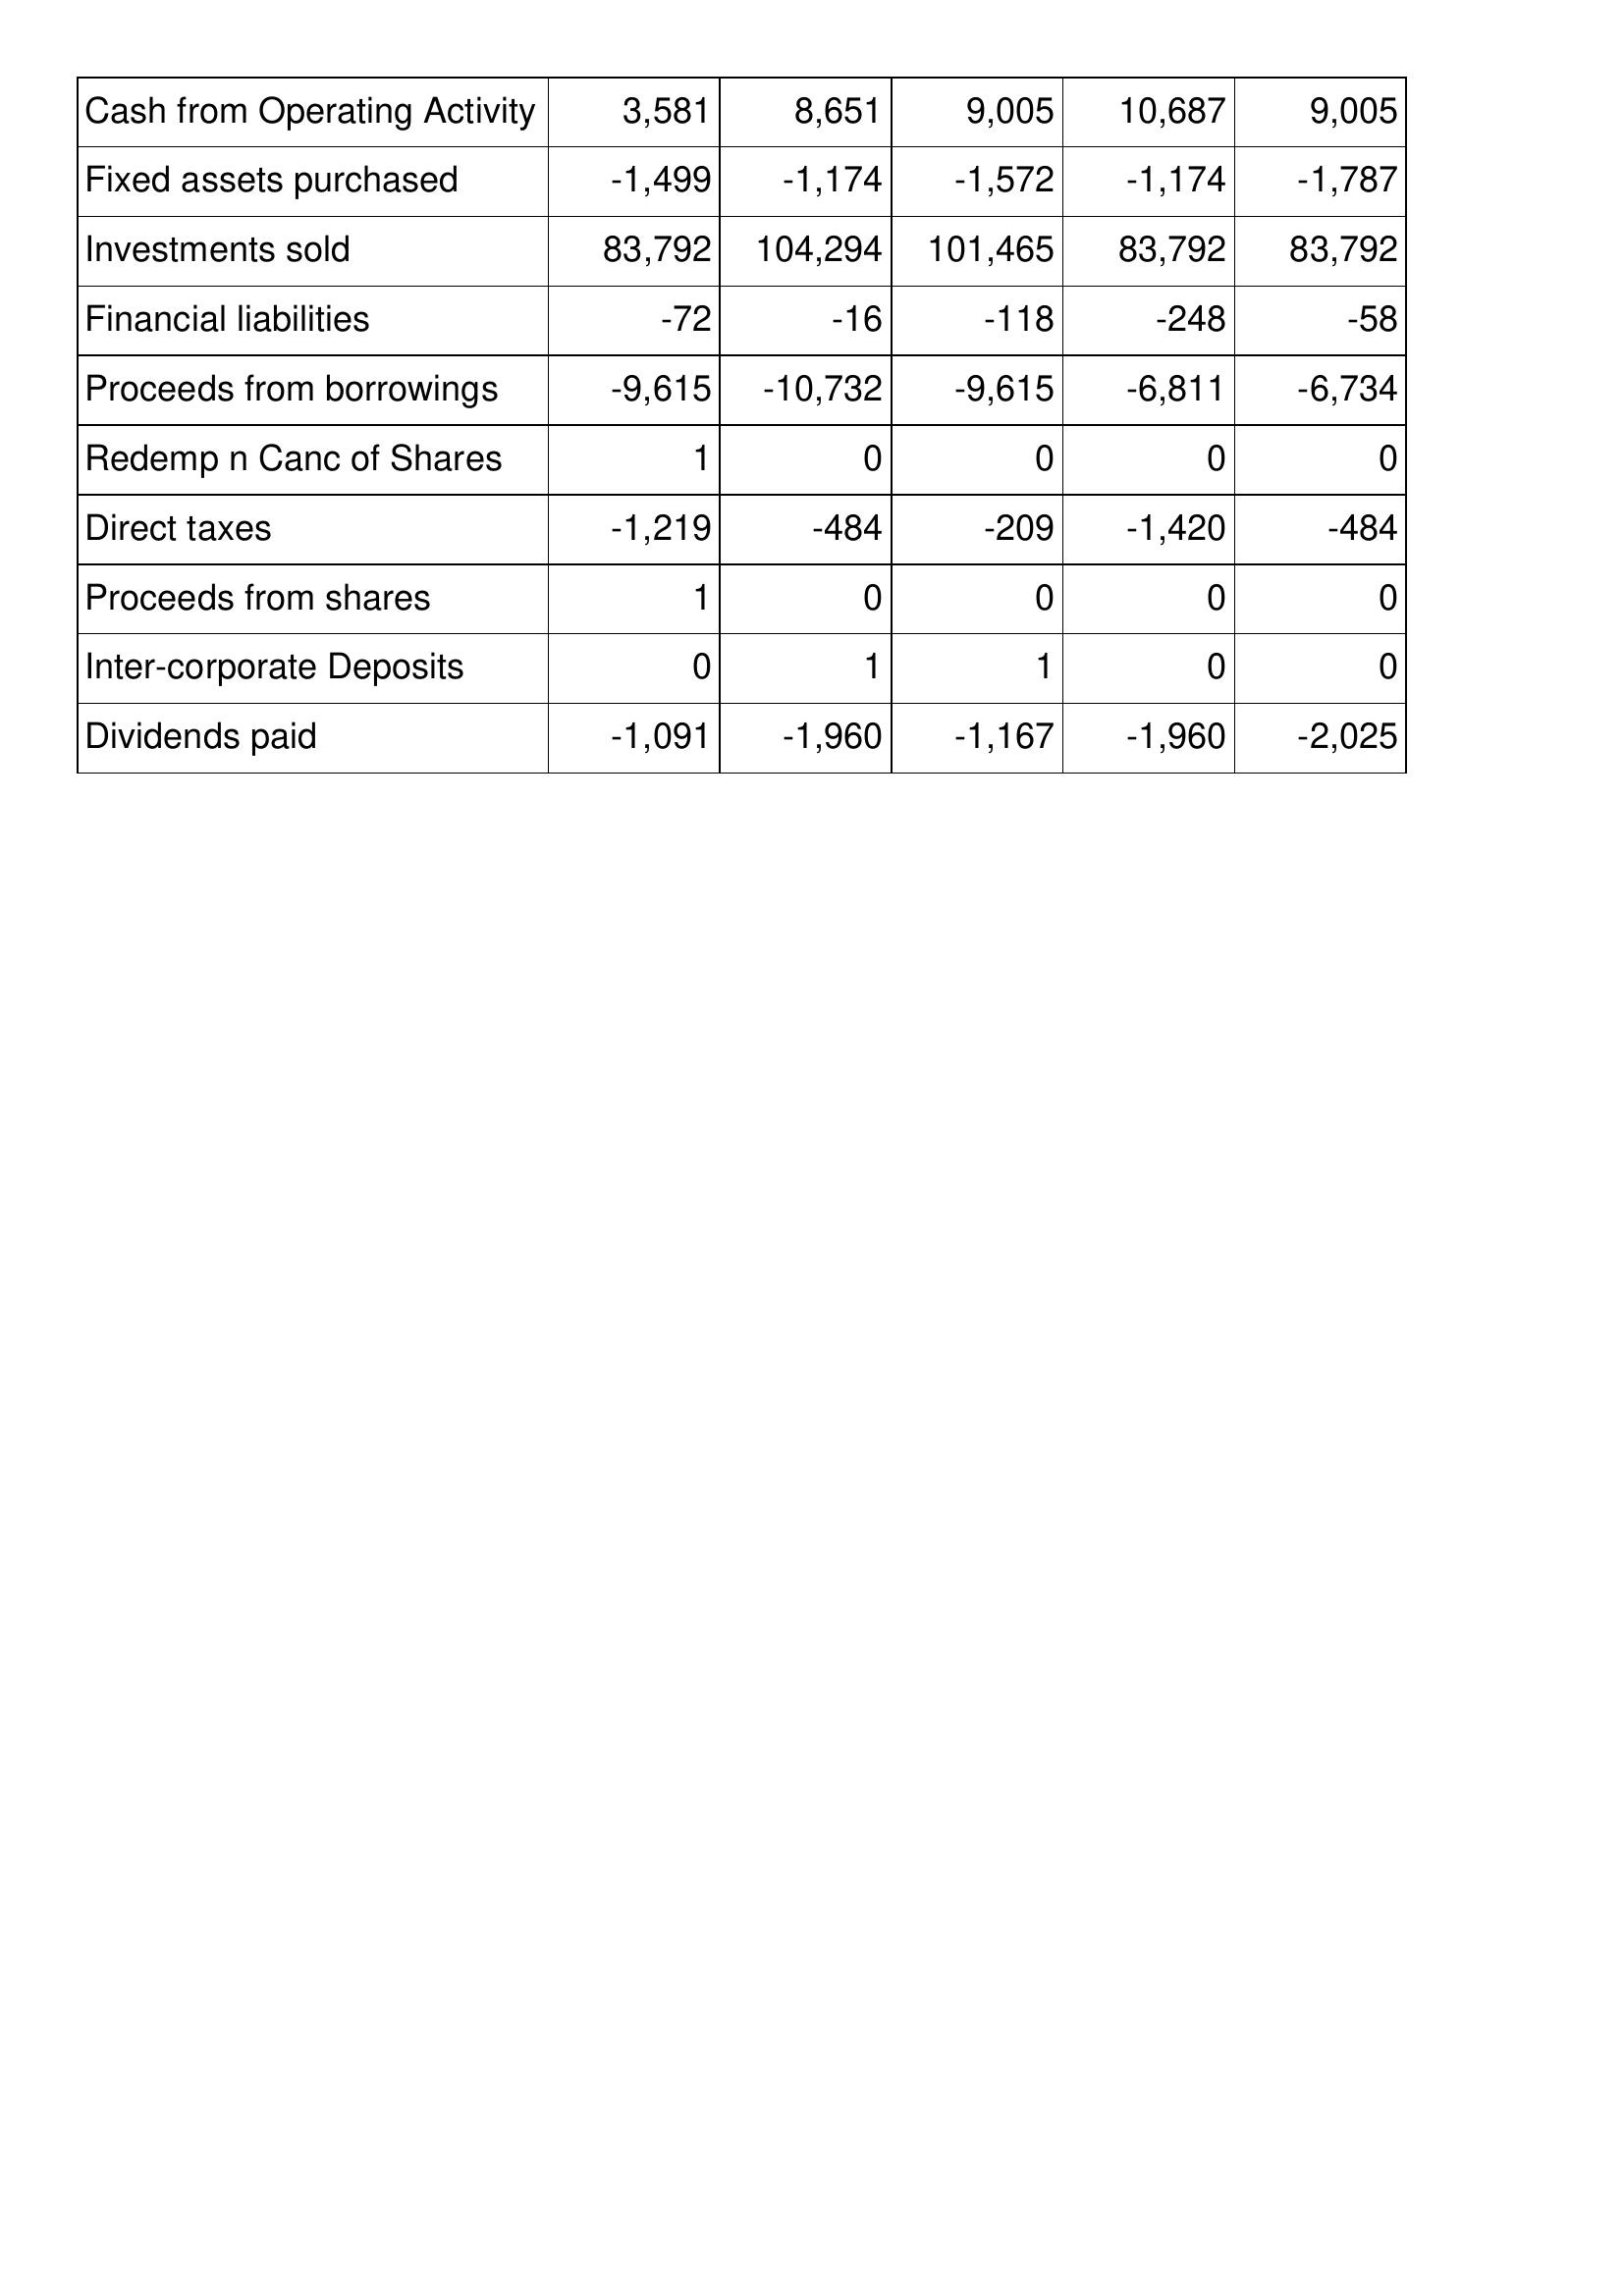
Oct-21: Cash Flows: Cash from Operating Activity: 3,581
Fixed assets purchased: -1,499
Investments sold: 83,792
Financial liabilities: -72
Proceeds from borrowings: -9,615
Redemp n Canc of Shares: 1
Direct taxes: -1,219
Proceeds from shares: 1
Inter-corporate Deposits: 0
Dividends paid: -1,091
Oct-20: Cash Flows: Cash from Operating Activity: 8,651
Fixed assets purchased: -1,174
Investments sold: 104,294
Financial liabilities: -16
Proceeds from borrowings: -10,732
Redemp n Canc of Shares: 0
Direct taxes: -484
Proceeds from shares: 0
Inter-corporate Deposits: 1
Dividends paid: -1,960
Oct-19: Cash Flows: Cash from Operating Activity: 9,005
Fixed assets purchased: -1,572
Investments sold: 101,465
Financial liabilities: -118
Proceeds from borrowings: -9,615
Redemp n Canc of Shares: 0
Direct taxes: -209
Proceeds from shares: 0
Inter-corporate Deposits: 1
Dividends paid: -1,167
Oct-18: Cash Flows: Cash from Operating Activity: 10,687
Fixed assets purchased: -1,174
Investments sold: 83,792
Financial liabilities: -248
Proceeds from borrowings: -6,811
Redemp n Canc of Shares: 0
Direct taxes: -1,420
Proceeds from shares: 0
Inter-corporate Deposits: 0
Dividends paid: -1,960
Oct-17: Cash Flows: Cash from Operating Activity: 9,005
Fixed assets purchased: -1,787
Investments sold: 83,792
Financial liabilities: -58
Proceeds from borrowings: -6,734
Redemp n Canc of Shares: 0
Direct taxes: -484
Proceeds from shares: 0
Inter-corporate Deposits: 0
Dividends paid: -2,025